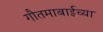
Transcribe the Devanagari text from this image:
गौतमाबाईच्या